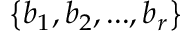
\big \{ b _ { 1 } , b _ { 2 } , . . . , b _ { r } \big \}